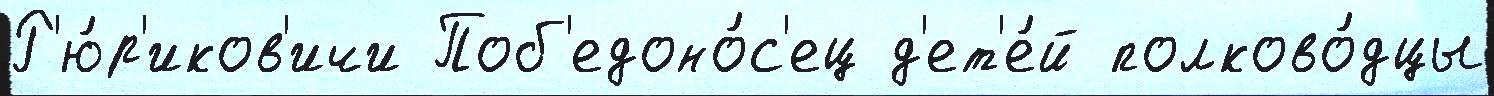
Р'ю́р'иков'ичи Поб'едоно́с'ец д'ет'е́й полково́дцы